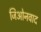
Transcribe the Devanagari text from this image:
जिओनवाद